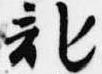
記